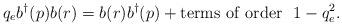
LaTeX: \begin{align*}q_e b^{\dagger}(p) b(r)=b(r) b^{\dagger}(p) + {\rm terms ~of ~order} ~~1-q_e^2.\end{align*}